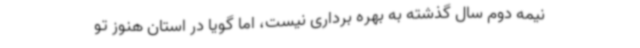
نیمه دوم سال گذشته به بهره برداری نیست، اما گویا در استان هنوز تو